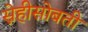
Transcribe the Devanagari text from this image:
स्नेहीसोबती